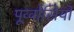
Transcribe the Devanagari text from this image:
पूर्व्वासियों